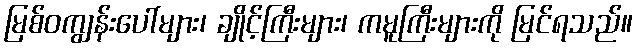
မြစ်ဝကျွန်းပေါ်များ၊ ချိုင့်ကြီးများ၊ ကမူကြီးများကို မြင်ရသည်။